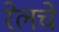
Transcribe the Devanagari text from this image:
रेलचे